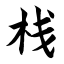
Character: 栈